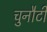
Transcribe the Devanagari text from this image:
चुनौटी